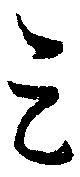
云